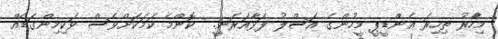
މިހާުރު ތިހިރަ އެންޑީޕީ މީހުންގެ އަސްލު ފަޅާއަރަނީ.  ކޮންމެ ކަމަކަށްވެސް ވަކިމިންގަޑެއް